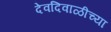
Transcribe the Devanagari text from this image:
देवदिवाळीच्या